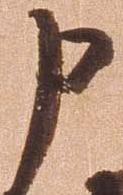
申